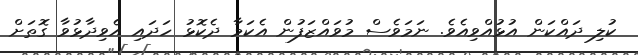
ކުލި ދައްކަން އުޅުއްވިއެވެ. ނަމަވެސް މުވައްޒަފުން އެކަމާ ދެކޮޅު ހަދައި އެވިދާޅުވާ ގޮތަށް